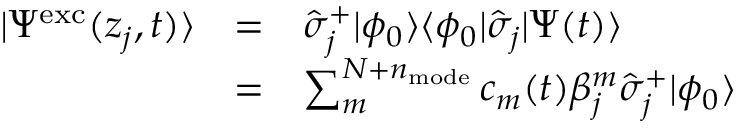
\begin{array} { c c l } { | \Psi ^ { \mathrm { e x c } } ( z _ { j } , t ) \rangle } & { = } & { \hat { \sigma } _ { j } ^ { + } | \phi _ { 0 } \rangle \langle \phi _ { 0 } | \hat { \sigma } _ { j } | \Psi ( t ) \rangle } \\ & { = } & { \sum _ { m } ^ { N + n _ { \mathrm { m o d e } } } c _ { m } ( t ) \beta _ { j } ^ { m } \hat { \sigma } _ { j } ^ { + } | \phi _ { 0 } \rangle } \end{array}